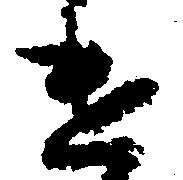
け